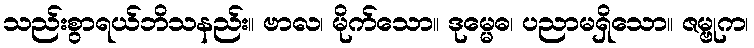
သည်းစွာရယ်ဘိသနည်း။ ဗာလ၊ မိုက်သော။ ဒုမ္မေဓ၊ ပညာမရှိသော။ ဇမ္ဗုက၊